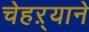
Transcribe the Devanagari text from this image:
चेहऱ्याने